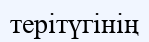
терітүгінің